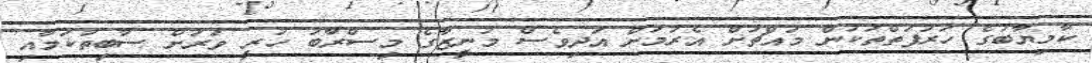
ކާމިޔާބުގެ ހަރުފަތްތަކުން މައްޗަށް އެރުމަށް އަދިވެސް މުނީޒާގެ މިސްރާބު ހުރީ ވަރަށް ސާބިތުކަމާއި